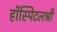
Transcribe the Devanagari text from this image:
हॉस्पिटलश्री